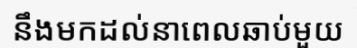
នឹងមកដល់នាពេលឆាប់មួយ